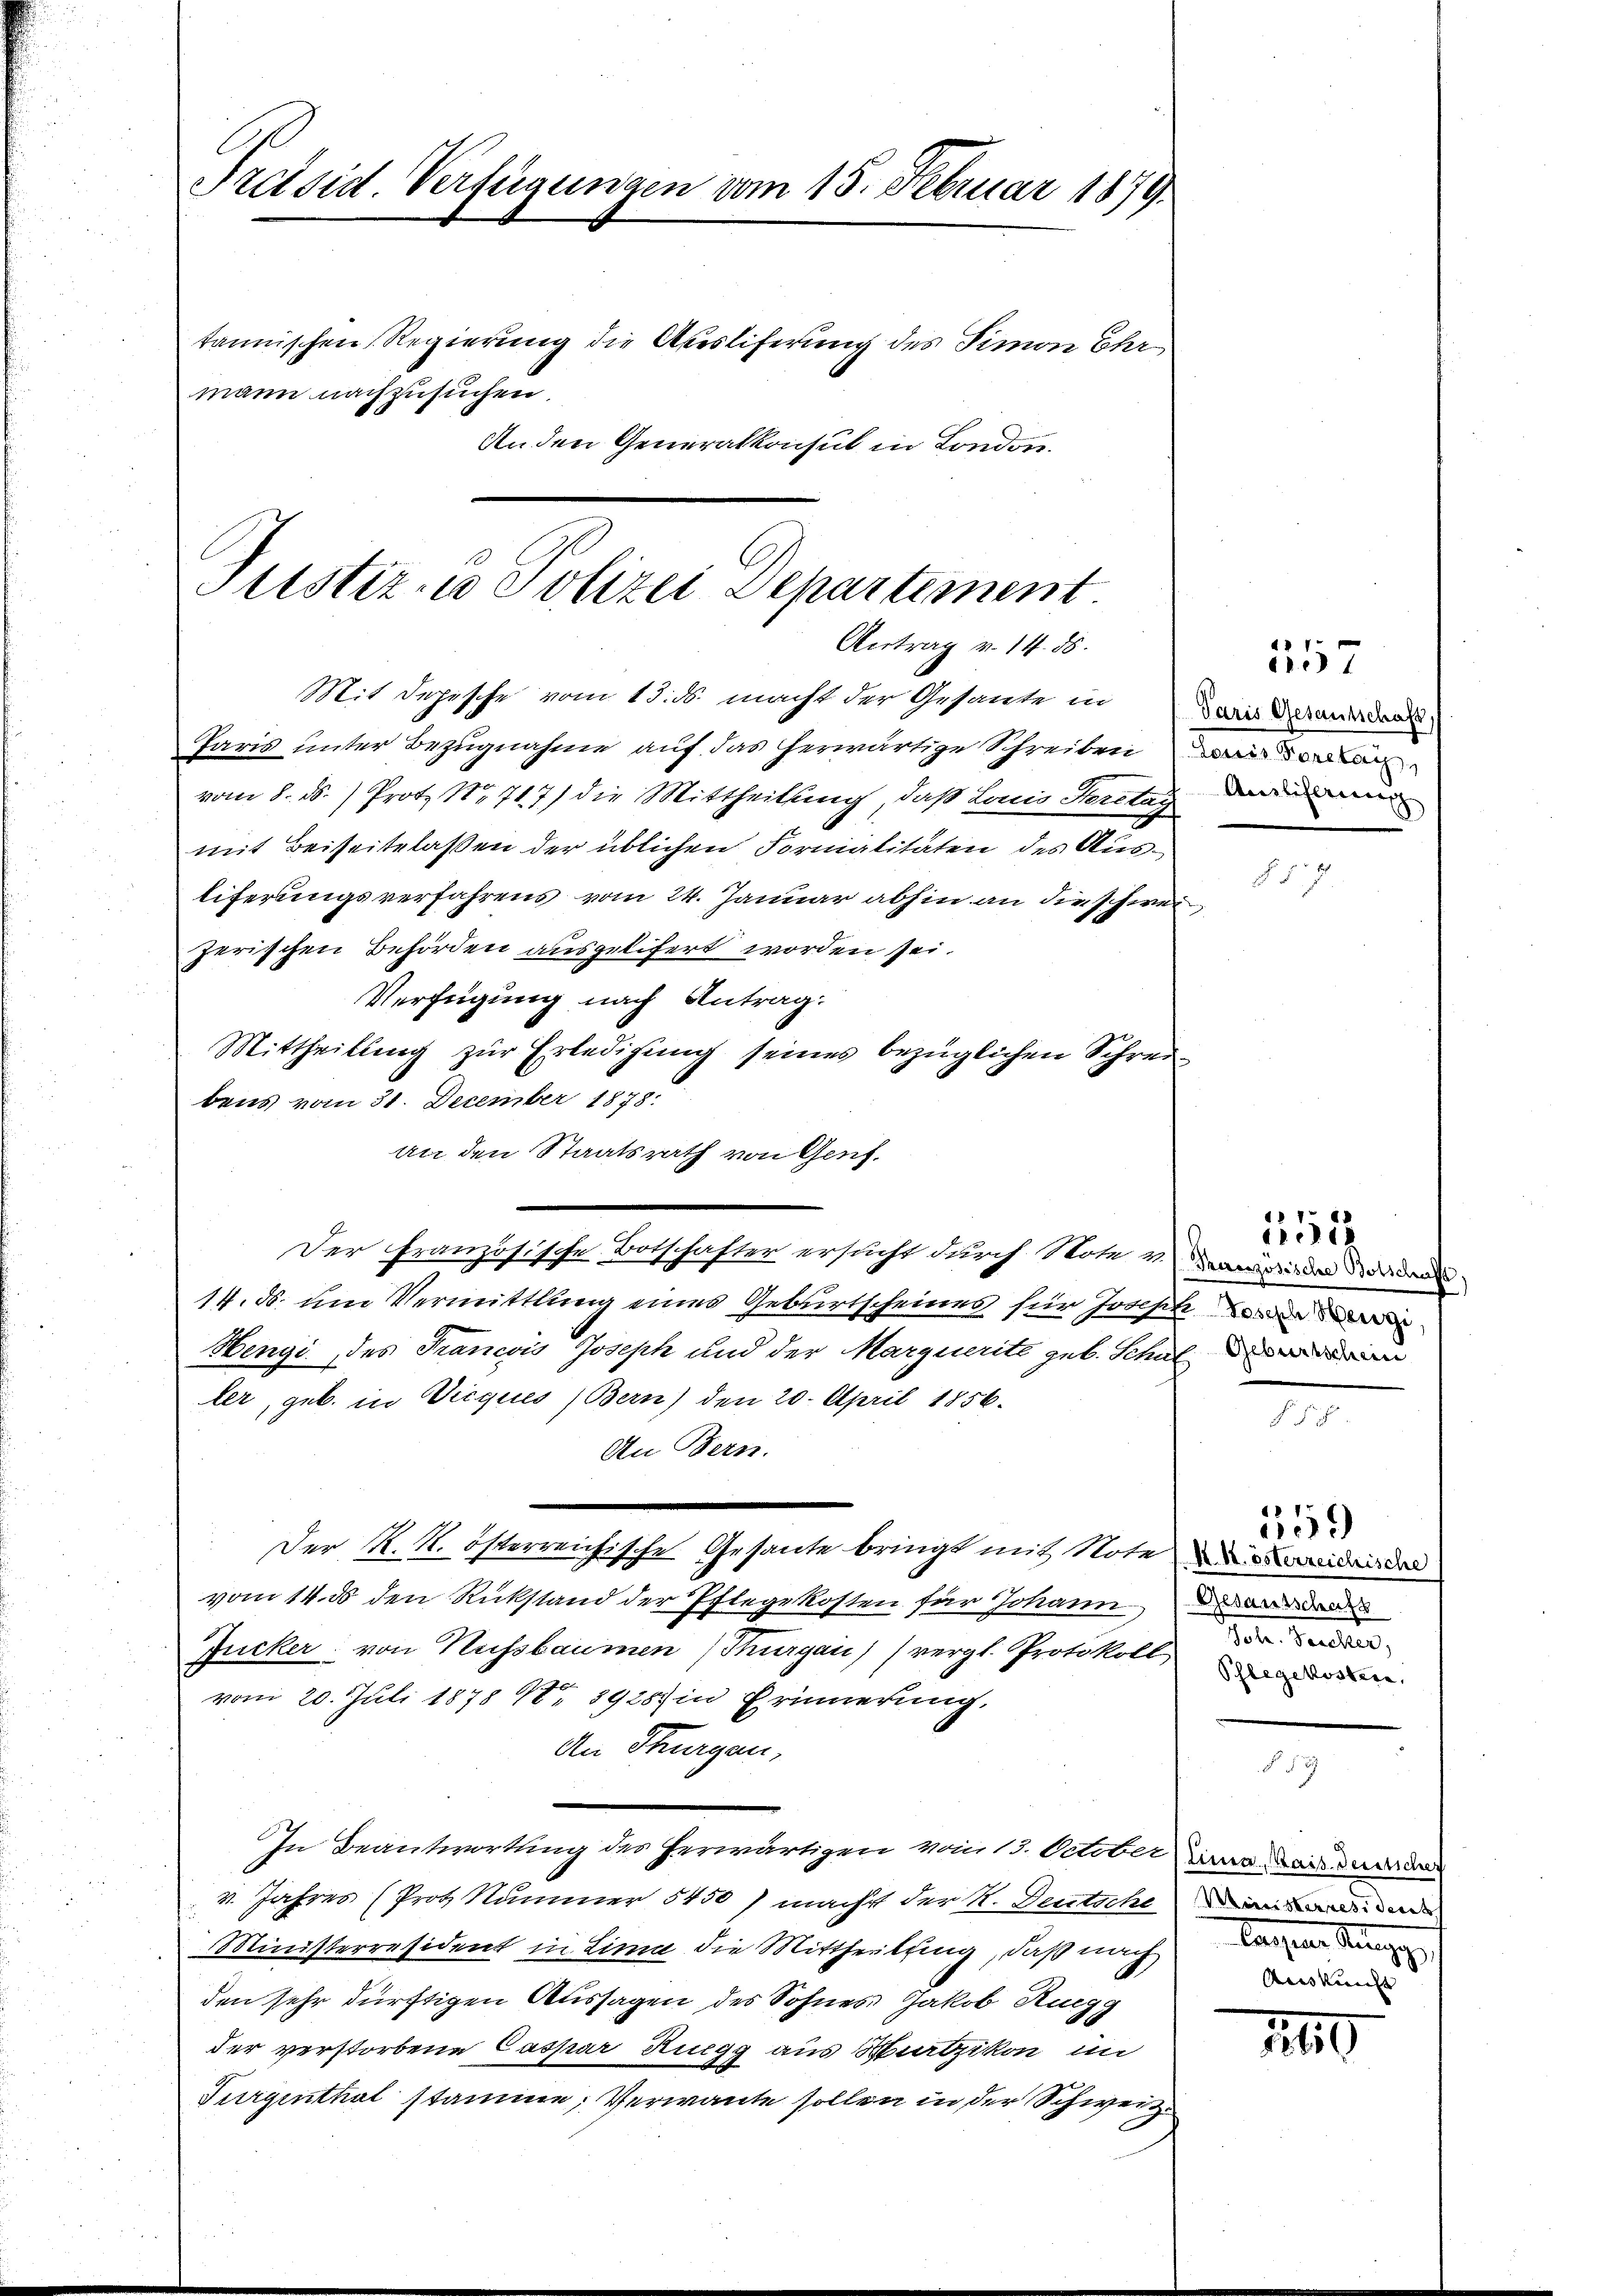
Präsid. Verfügungen vom 15. Februar 1879.
tannischen Regierung die Abesliferung des Simon Ehr
mann nachzusuchen.
An den Generalkonsul in London.

Mit Depesche vom 13. ds. macht der Gesante in
Paris unter Bezugnahme auf das herwärtige Schreiben
vom 8. d. 1 Prot. No 717) die Mittheilung, daß Land Seritag dann
mit Beiseitelassen der üblichen Formalitäten des Ausliferungsverfahrens vom 24. Januar abhin an die schwei
zerischen Behörden ausgelifert worden sei.
Verfügung nach Antrag:
Mittheilung zur Erledigung seines bezüglichen Schreibens vom 31. December 1878.
an den Staatsrath von Genf.
Der französische Botschafter ersucht durch Note u dann dann
14. ds. um Vermittlung eines Geburtscheines für Joseph wurde d
Hengi, des Francois Joseph und der Marquerite geb. Schulden
ler, geb. in Vicques (Bern) den 20. April 1856.
An Bern.
Der K. N. österreichische Gesante bringt mit Note de
vom 14. ds den Rückstand der Pflegekosten für Johann
Jucker von Nussbaumen (Thurgau (vergl. Protokollenden
vom 20. Juli 1878 No 89257 in Erinnerung,
An Sturgen,
In Beantwortung des herwärtigen vom 13. October in dass dad
4. Jahres (Prot. Kammer 5450) macht der R. Deutsche
Ministerresident in Linia die Mittheilfing, daß nach
den sehr dürftigen Aussagen des Sohnes Jakob Ruegg
der verstorbene Caspar Ruegg aus Wartzikon im
Turgenthat stamme; Verwante sollen in der Schweiz.

Justiz- u Polizei Departement
Antrag v. 14. 56.

357
Paris Gesantschaft,

T

2

359
Gesantschaft
Joh. Senateur,

Miinisterresident
lassen Stange
Auskunft

10